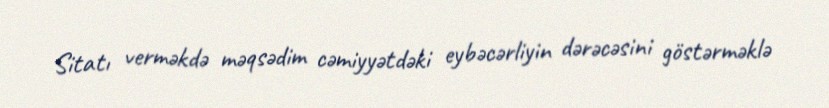
Sitatı verməkdə məqsədim cəmiyyətdəki eybəcərliyin dərəcəsini göstərməklə